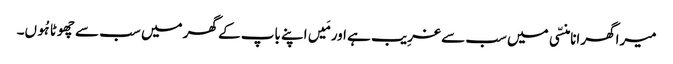
میرا گھرانا منسّی میں سب سے غرِیب ہے اور مَیں اپنے باپ کے گھر میں سب سے چھوٹا ہُوں۔